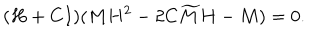
LaTeX: ( H + C I ) ( M H ^ { 2 } - 2 C { \widetilde M } H - M ) = 0 .